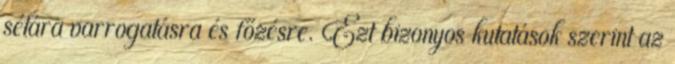
sétára varrogatásra és főzésre. Ezt bizonyos kutatások szerint az